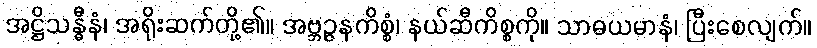
အဋ္ဌိသန္ဓီနံ၊ အရိုးဆက်တို့၏။ အဗ္ဘဉ္ဇနကိစ္စံ၊ နယ်ဆီကိစ္စကို။ သာဓယမာနံ၊ ပြီးစေလျက်။